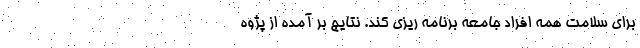
برای سلامت همه افراد جامعه برنامه ریزی کند. نتایج بر آمده از پژوه